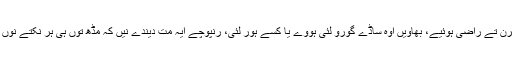
جے اسی کوئی کم کرن تے راضی ہوئیے، بھاویں اوہ ساڈے گورو لئی ہووے یا کسے ہور لئی، رنپوچے ایہ مت دیندے نیں کہ مڈھ توں ہی ہر نکتے نوں سمجھ لینا چاہیدا اے۔